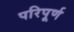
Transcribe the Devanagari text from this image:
परिपूर्ण